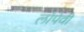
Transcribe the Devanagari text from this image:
लोपेवी